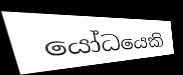
යෝධයෙකි